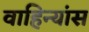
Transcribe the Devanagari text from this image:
वाहिन्यांस